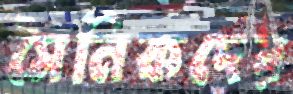
সৈনিকদের